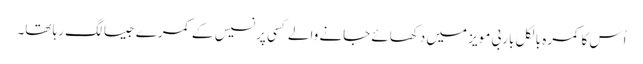
اُس کا کمرہ بالکل باربی مویز میں دکھائے جانے والے کسی پرنسیس کے کمرے جیسا لگ رہا تھا۔